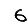
Digit: 6